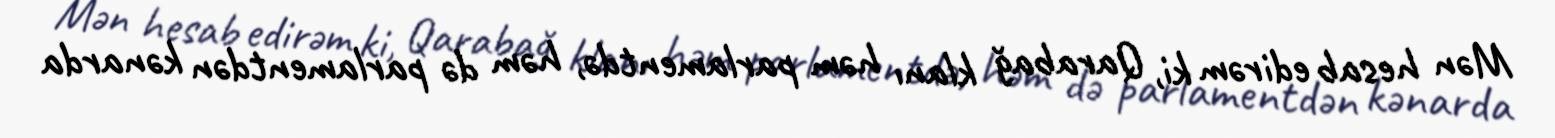
Mən hesab edirəm ki, Qarabağ klanı həm parlamentdə, həm də parlamentdən kənarda